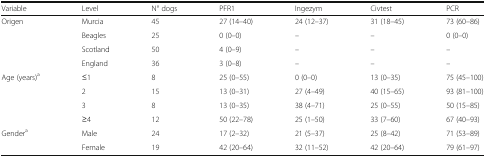
<table><thead><tr><td><b>Variable</b></td><td><b>Level</b></td><td><b>N° dogs</b></td><td><b>PFR1</b></td><td><b>Ingezym</b></td><td><b>Civtest</b></td><td><b>PCR</b></td></tr></thead><tbody><tr><td rowspan="4">Origen</td><td>Murcia</td><td>45</td><td>27 (14–40)</td><td>24 (12–37)</td><td>31 (18–45)</td><td>73 (60–86)</td></tr><tr><td>Beagles</td><td>25</td><td>0 (0–0)</td><td>–</td><td>–</td><td>0 (0–0)</td></tr><tr><td>Scotland</td><td>50</td><td>4 (0–9)</td><td>–</td><td>–</td><td>–</td></tr><tr><td>England</td><td>36</td><td>3 (0–8)</td><td>–</td><td>–</td><td>–</td></tr><tr><td rowspan="4">Age (years)<sup>a</sup></td><td>≤1</td><td>8</td><td>25 (0–55)</td><td>0 (0–0)</td><td>13 (0–35)</td><td>75 (45–100)</td></tr><tr><td>2</td><td>15</td><td>13 (0–31)</td><td>27 (4–49)</td><td>40 (15–65)</td><td>93 (81–100)</td></tr><tr><td>3</td><td>8</td><td>13 (0–35)</td><td>38 (4–71)</td><td>25 (0–55)</td><td>50 (15–85)</td></tr><tr><td>≥4</td><td>12</td><td>50 (22–78)</td><td>25 (1–50)</td><td>33 (7–60)</td><td>67 (40–93)</td></tr><tr><td rowspan="2">Gender<sup>a</sup></td><td>Male</td><td>24</td><td>17 (2–32)</td><td>21 (5–37)</td><td>25 (8–42)</td><td>71 (53–89)</td></tr><tr><td>Female</td><td>19</td><td>42 (20–64)</td><td>32 (11–52)</td><td>42 (20–64)</td><td>79 (61–97)</td></tr></tbody></table>